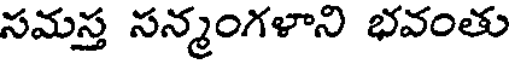
సమస్త సన్మంగళాని భవంతు